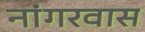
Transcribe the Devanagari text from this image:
नांगरवास